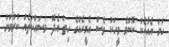
ހަމަ އެއާއެކު ކޮންމެ މީހަކު ވެސް އެމީހެއްގެ ހިތް އެދޭ މަސައްކަތެއް ކުރުމަށް